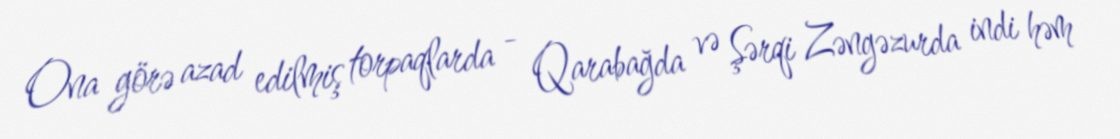
Ona görə azad edilmiş torpaqlarda - Qarabağda və Şərqi Zəngəzurda indi həm